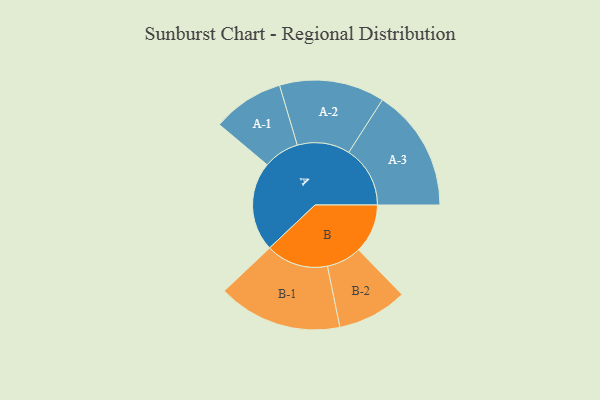
{"axis": {"x": "Segment", "y": "Value"}, "legend": ["", "A", "B"], "data": [{"x": "A", "y": 419, "type": ""}, {"x": "B", "y": 230, "type": ""}, {"x": "A-1", "y": 168, "type": "A"}, {"x": "A-2", "y": 247, "type": "A"}, {"x": "A-3", "y": 288, "type": "A"}, {"x": "B-1", "y": 292, "type": "B"}, {"x": "B-2", "y": 164, "type": "B"}]}